Code of medical and sanitary regulations for the guidance of medical officers serving in the Madras Presidency - Volume I
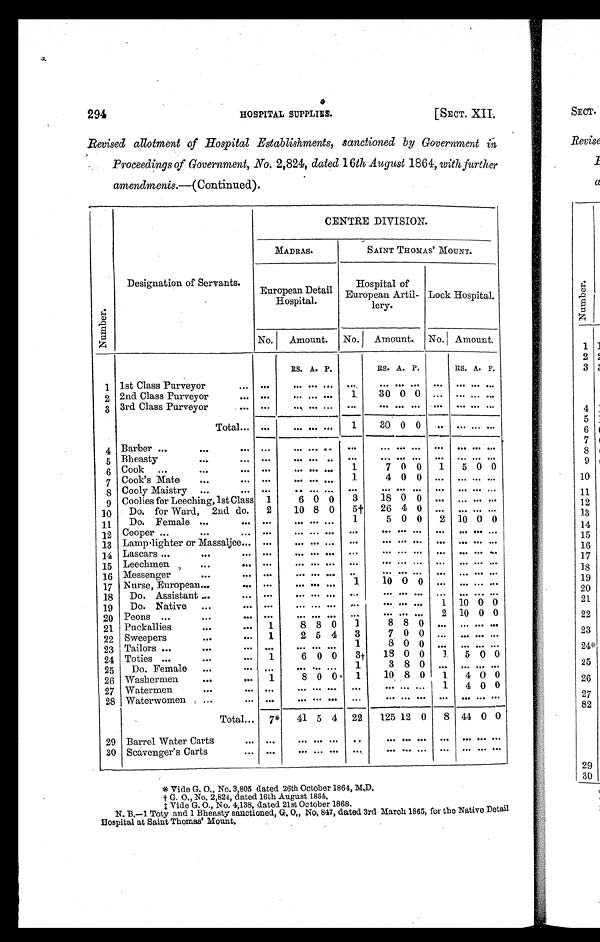
294 HOSPITAL SUPPLIES. [SECT. XII.
Revised allotment of Hospital Establishments, sanctioned by Government in
Proceedings of Government, No. 2,824, dated 16th August 1864, with further
amendments.—( Continued).
Nu mb e r .
Designation of Servants.
CENTRE DIVISION.
MADRAS.
SAINT THOMAS' MOUNT.
European Detail
Hospital.
Hospital of
European Artil-
lery.
Lock Hospital.
No. Amount. No. Amount. No. Amount.
RS. A. P.
RS. A. P.
RS. A. P.
1 1st Class Purveyor
. . .
. . . . . . . . . ...
. . .
. . . ... . . .
. . .
. . . . . . ...
2 2nd Class Purveyor
. . . . . .
... ... . . .
1
30 0 0
. . .
. . . . . . . . .
3 3rd Class Purveyor
. . . . . .
. . . . . . . . . ...
. . . ... . . .
. . .
. . . . . . ...
Total ...
. . .
. . . . . . . . .
1
30 0 0
. . .
. . . . . . . .
4 Barber ...
. . .
. . . . . .
. . . . . . . .
. . .
. . . ... . . .
. . .
. . . . . . . . .
5 Bheasty
. . .
... . . .
. . . . . . .. ...
. . . ... . . .
. . . ... ... ...
6 Cook ...
. . .
. . . . . .
... . . . . . . 1
7 0 0 1 5 0 0
7 Cook's Mate
. . .
. . . . . .
. . . . . . ... 1
4 0 0
. . .
. . . . . . . . .
8 Cooly Maistry . . .
. . . . . .
. . ... ...
. . .
. . . ... . . . . . .
. . . . . . ...
9 Coolies for Leeching, 1st Class 1
6 0 0 3
18 0 0
. . . ... . . . . . .
10 Do. for Ward, 2nd do. 2
10 8 0 5† 26 4 0 ... ... ... ...
11 Do. Female ...
. . . . . .
. . . . . . . . .
1
5 0 0 2 10 0 0
12 Cooper ...
. . .
... . . .
. . . . . . . . .
. . .
. . . ... . . . . . .
. . . . . . . . .
13 Lamp lighter or Massaljee ... ...
. . . . . . ... ...
. . . ... . . . . . .
. . . . . . . . .
14 Lascars ...
. . .
. . . . . .
... . . . . . .
. . .
. . . ... . . . ... ... . . . . . .
15 Leechmen
. . .
. . . . . .
... . . . . . .
. . .
. . .
...
. . . . . .
. . . . . . . . .
16 Messenger
. . .
. . . . . .
. . . . . . . . . ..
. . .
...
. . . . . .
. . . . . . . . .
17 Nurse, European ...
. . . . . .
. . . . . . . . .
1
10 0 0 . . .
. . . . . . . . .
18 Do. Assistant ...
... . . .
. . . . . . . . .
. . .
. . .... . . . ... ... ... ...
19 Do. Native ...
. . . . . .
. . . . . . . . .
. . .
. . . ... ... 1 10 0 0
20 Peons ...
...
. . . . . .
. . . . . . . . .
. . .
. . . ... . . . 2 10 0 0
21 Puckallies
. . .
... 1
8 8 0 1
8 8 0
. . .
. . . . . . . . .
22 Sweepers
. . .
... 1
2 5 4 3
7 0 0
. . .
. . . . . . . . .
23 Tailors . . .
. . .
. . . . . .
. . . . . . . . . 1
8 0 0
. . .
. . . . . . . . .
24 Toties ...
. . .
. . . 1
6 0 0 3† 18 0 0
1 5 0 0
25 Do. Female ...
. . . . . .
. . . . . . . . . 1
3 8 0
. . .
. . . . . . ...
26 Washermen
. . .
. . . 1
8 0 0 1
10 8 0 1 4 0 0
27 Watermen
...
. . . . . .
. . . . . . . . .
. . .
. . .
...
. . . 1 4 0 0
28 Waterwomen ...
. . . . . .
... . . . . . .
. . .
. . .
...
. . . ...
. . . . . . . . .
Total ... 7* 41 5 4 22 125 12 0 8 44 0 0
29 Barrel Water Carts
. . .
. . .
. . . ... . . .
. .
. . . ... . . .
. . .
. . . . . . . . .
30 Scavenger's Carts
. . .
. . .
. . . ... . . .
. . .
. . . ... ...
. . . ... . . . . . .
* Vi de G. O. , No. 3, 805 da t e d 26t h Oc t obe r 1864, M. D.
† G . O . , N o . 2 , 8 2 4 , d a t e d 1 6 t h A u g u s t 1 8 6 4 . ‡ V i d e G . O . , N o . 4 , 1 3 8 , d a t e d 2 1 s t O c t o b e r 1 8 6 8 .
N.B.—1 Toty and 1 Bheasty sanctioned, G. O., No. 847, dated 3rd March 1865, for the Native Detail
Hospital at Saint Thomas' Mount.